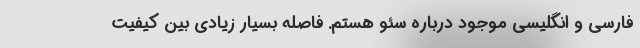
فارسی و انگلیسی موجود درباره سئو هستم. فاصله بسیار زیادی بین کیفیت